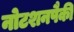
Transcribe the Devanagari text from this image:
नोटशनपैकी